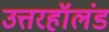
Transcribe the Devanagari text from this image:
उत्तरहॉलंड